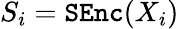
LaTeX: S_{i}=\mathtt{SEnc}(X_{i})